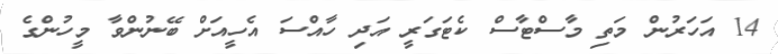
14 އަހަރުން މަތި މާސްޓާސް ކެޓަގަރީ އަދި ހާއްސަ އެހީއަށް ބޭނުންވާ މީހުންގެ